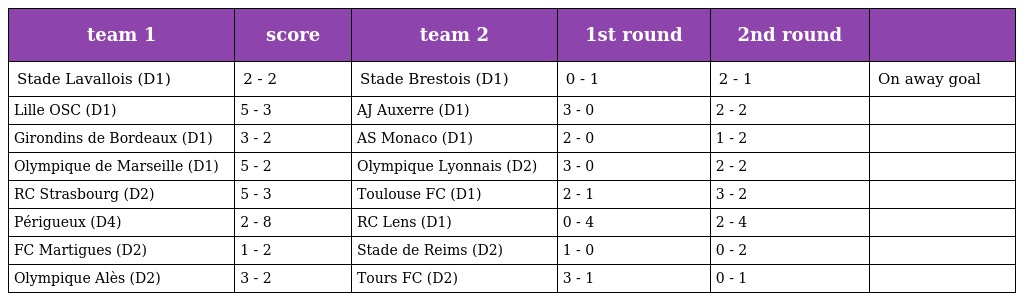
| team 1 | score | team 2 | 1st round | 2nd round |  |
 | --- | --- | --- | --- | --- | --- |
 | Stade Lavallois (D1) | 2 - 2 | Stade Brestois (D1) | 0 - 1 | 2 - 1 | On away goal |
 | Lille OSC (D1) | 5 - 3 | AJ Auxerre (D1) | 3 - 0 | 2 - 2 |  |
 | Girondins de Bordeaux (D1) | 3 - 2 | AS Monaco (D1) | 2 - 0 | 1 - 2 |  |
 | Olympique de Marseille (D1) | 5 - 2 | Olympique Lyonnais (D2) | 3 - 0 | 2 - 2 |  |
 | RC Strasbourg (D2) | 5 - 3 | Toulouse FC (D1) | 2 - 1 | 3 - 2 |  |
 | Périgueux (D4) | 2 - 8 | RC Lens (D1) | 0 - 4 | 2 - 4 |  |
 | FC Martigues (D2) | 1 - 2 | Stade de Reims (D2) | 1 - 0 | 0 - 2 |  |
 | Olympique Alès (D2) | 3 - 2 | Tours FC (D2) | 3 - 1 | 0 - 1 |  |